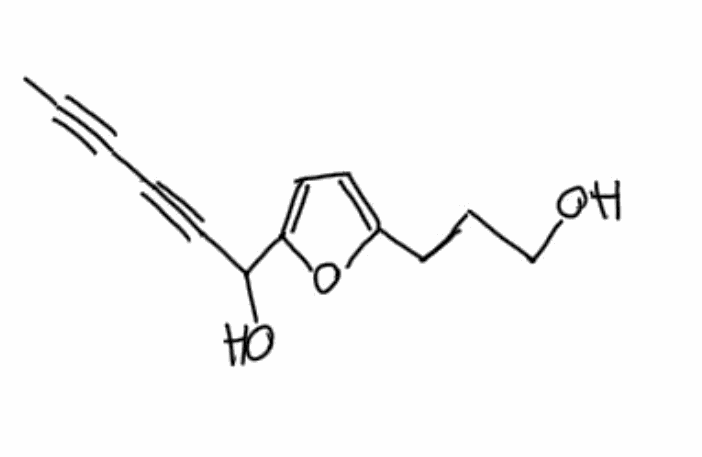
Simplified molecular-input line-entry system (SMILES) notation of the given molecule:
CC#CC#CC(C1=CC=C(O1)CCCO)O